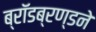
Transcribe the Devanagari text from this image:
ब्रॉडब्रण्डने